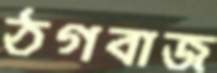
ঠগবাজ